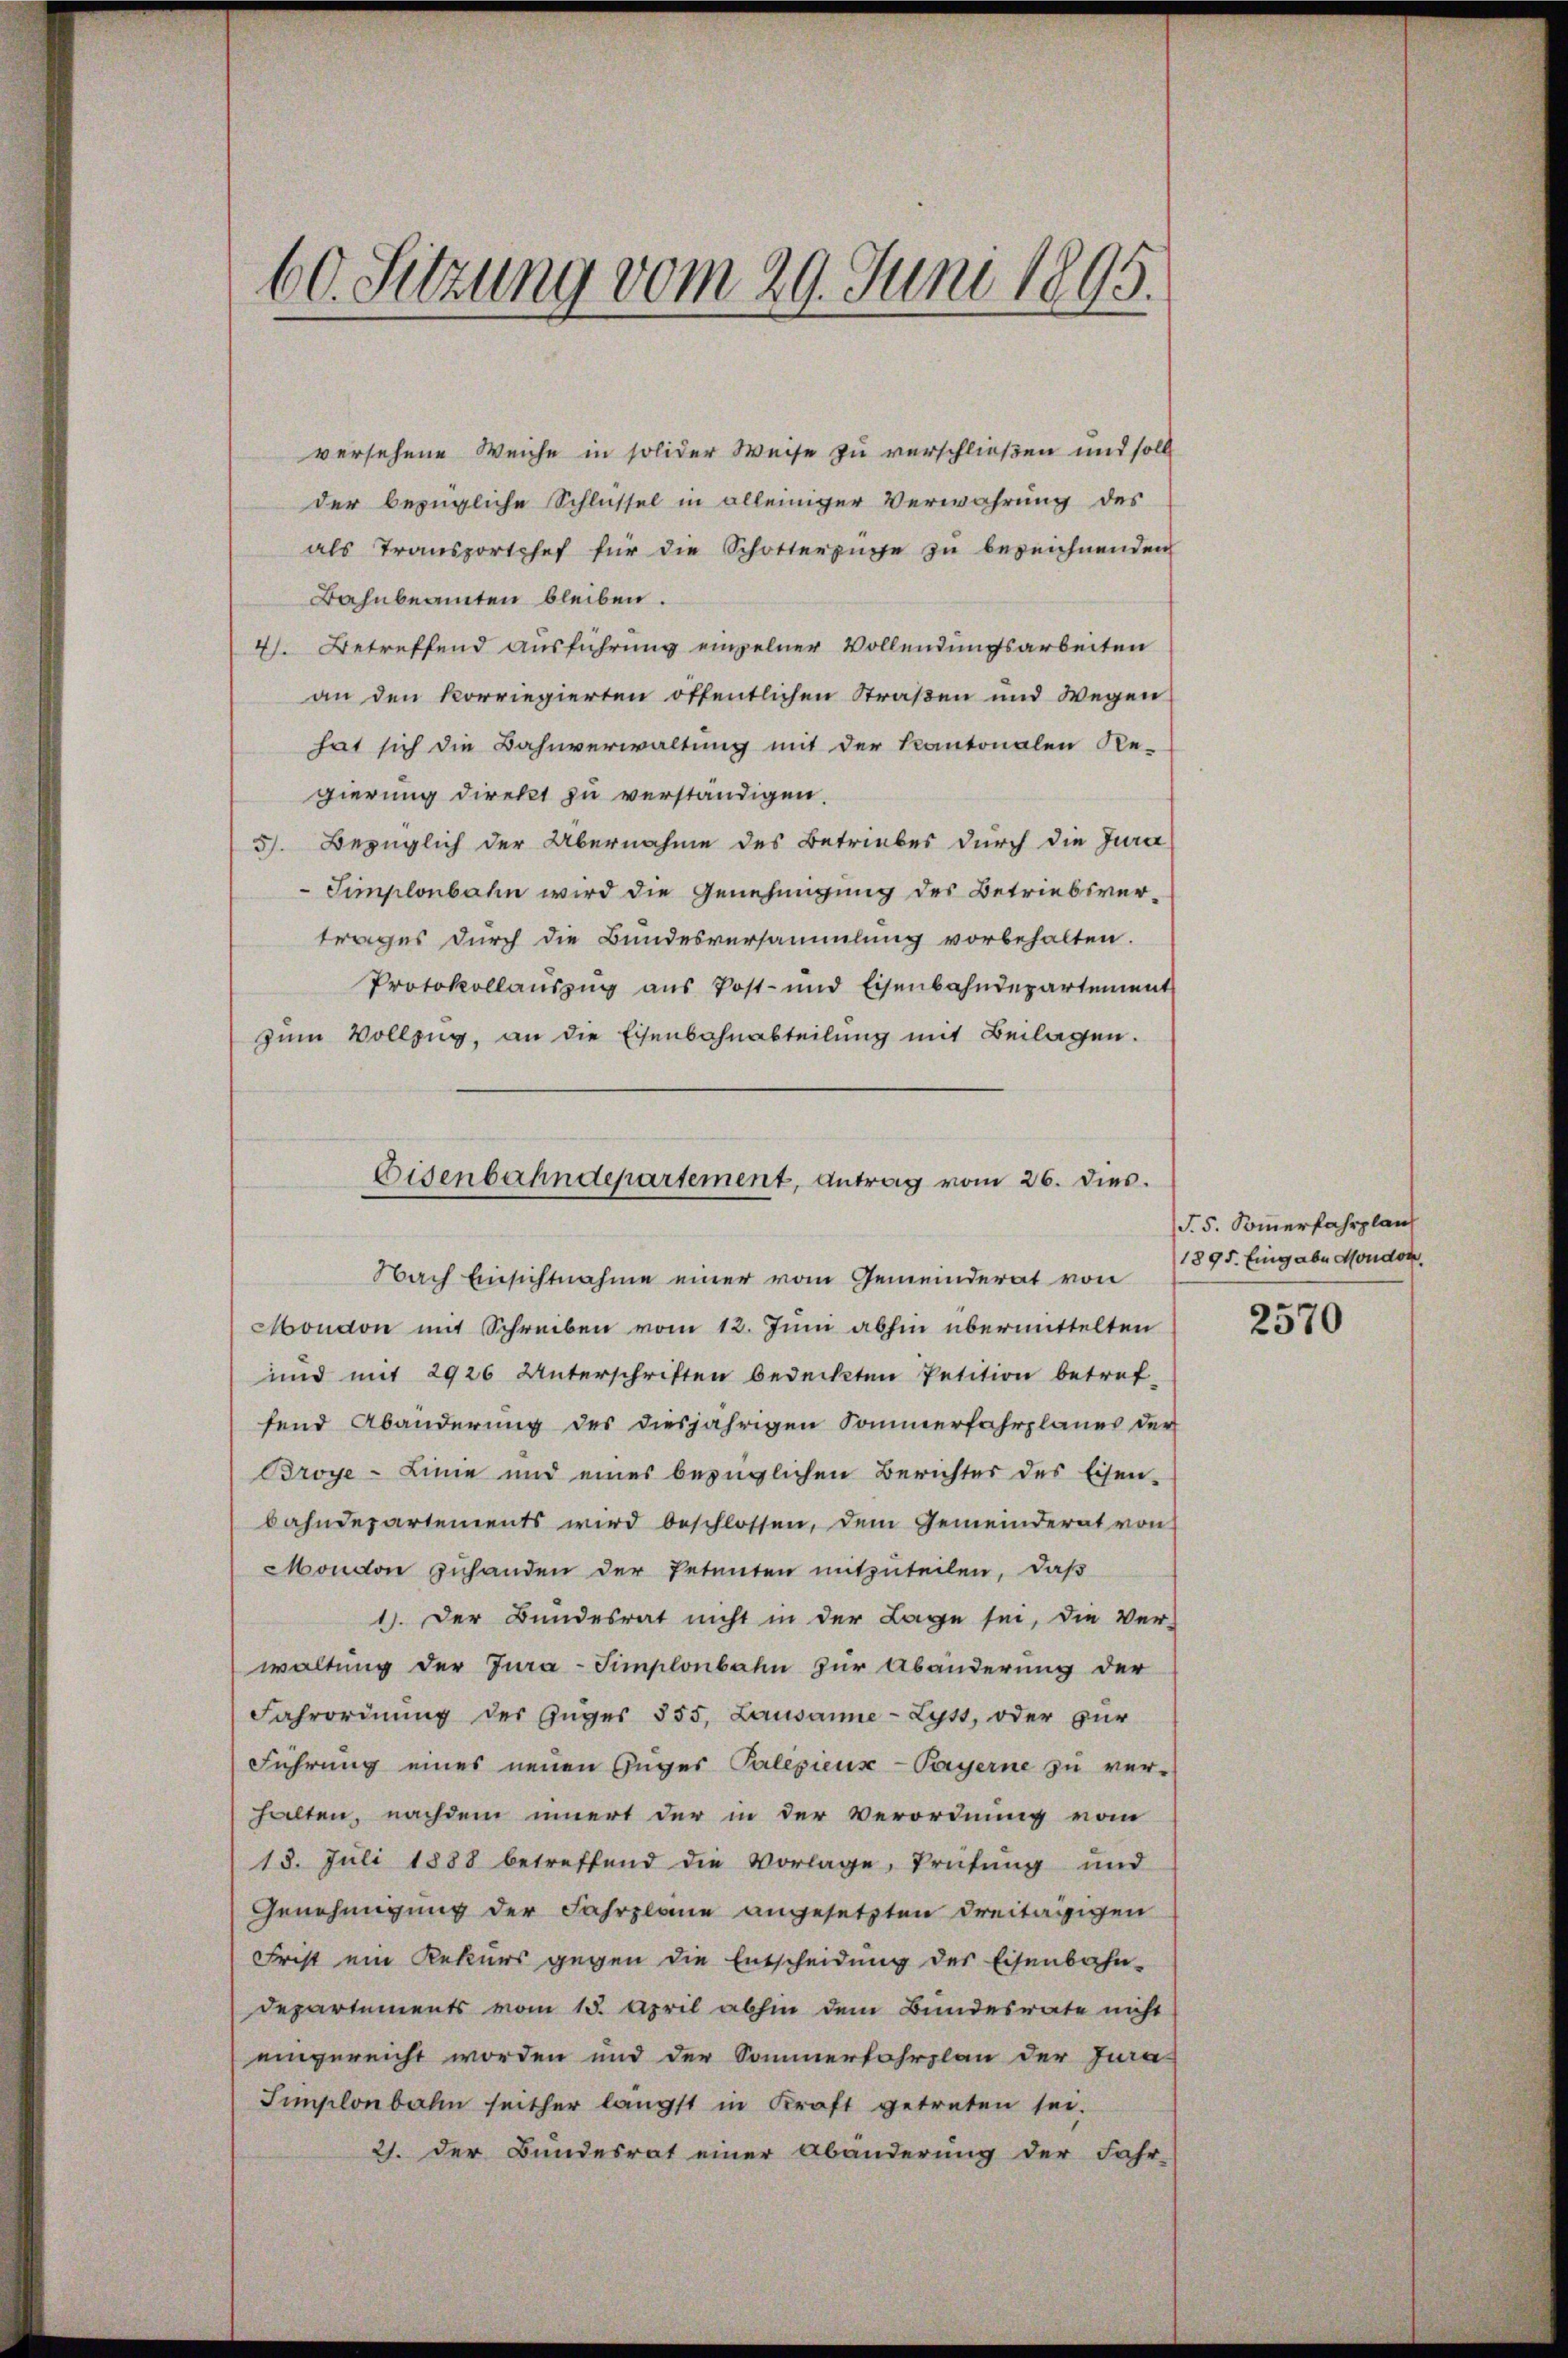
60. Sitzung vom 29. Juni 1895.

versehene Weiche in solider Weise zu verschließen und soll
der bezügliche Schlüssel in alleiniger Verwahrung des
als Transportchef für die Schottersuche zu bezeichnenden
Bahnbeamten bleiben.
4. Betreffend Ausführung einzelner Vollendungsarbeiten
an den korriegierten öffentlichen Straßen und Wegen
hat sich die Bahnverwaltung mit der Kantonalen Re-
gierung direkt zu verständigen.
5). Bezüglich der Übernahme des Betriebes durch die Jura
Simplonbahn wird die Genehmigung des Betriebsvertrages durch die Bundesversammlung vorbehalten.
Protokollauszug aus Post- und Eisenbahndepartement
zum Vollzug, an die Eisenbahnabteilung mit Beilagen.
Nach Einsichtnahme einer vom Gemeinderat von
Mondon mit Schreiben vom 12. Juni abhin übermittelten
und mit 2926 Unterschriften bedeckten Petition betref-
fend Abänderung des diesjährigen Sommerfahrplanes der
Broye-Linie und eines bezüglichen Berichter des Eisen-
bahndepartements wird beschlossen, dem Gemeinderat von
Mondon zuhanden der Petenten mitzuteilen, daß
1). Der Bundesrat nicht in der Lage sei, die Ver-
waltung der Jura-Simplonbahn zur Abänderung der
Fahrordnŭng der Anges 855, Lausanne-Lyss, oder zur
Führung eines neuen Guger Palepieux-Payerne zu ver-
halten, nachdem innert der in der Verordnung vom
18. Juli 1888 betreffend die Vorlage, Prüfung und
Genehmigung der Fahrplane angesetzten dreitägigen
Frist ein Rekurs gegen die Entscheidung des Eisenbahn-
Departements vom 15. April abhin dem Bundesrate nicht
eingereicht worden und der Sommerfahrplan der Jura-
Simplonbahn seither längst in Kraft getreten sei.
21. Der Bundesrat einer Abänderung der Fahr-

Eisenbahndepartement, Antrag vom 26. dies.

§. 5. Sommerfahrplan
1895. Eingabe Moudon.

2570